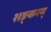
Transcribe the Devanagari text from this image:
शङ्करम्